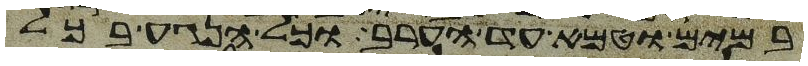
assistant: במים וטמא עד הערב וכל הנגע בכל